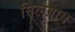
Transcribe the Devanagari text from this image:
मिलग्राम